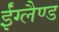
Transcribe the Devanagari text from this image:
ईंग्लैण्ड